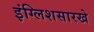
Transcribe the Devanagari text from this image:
इंग्लिशसारखे